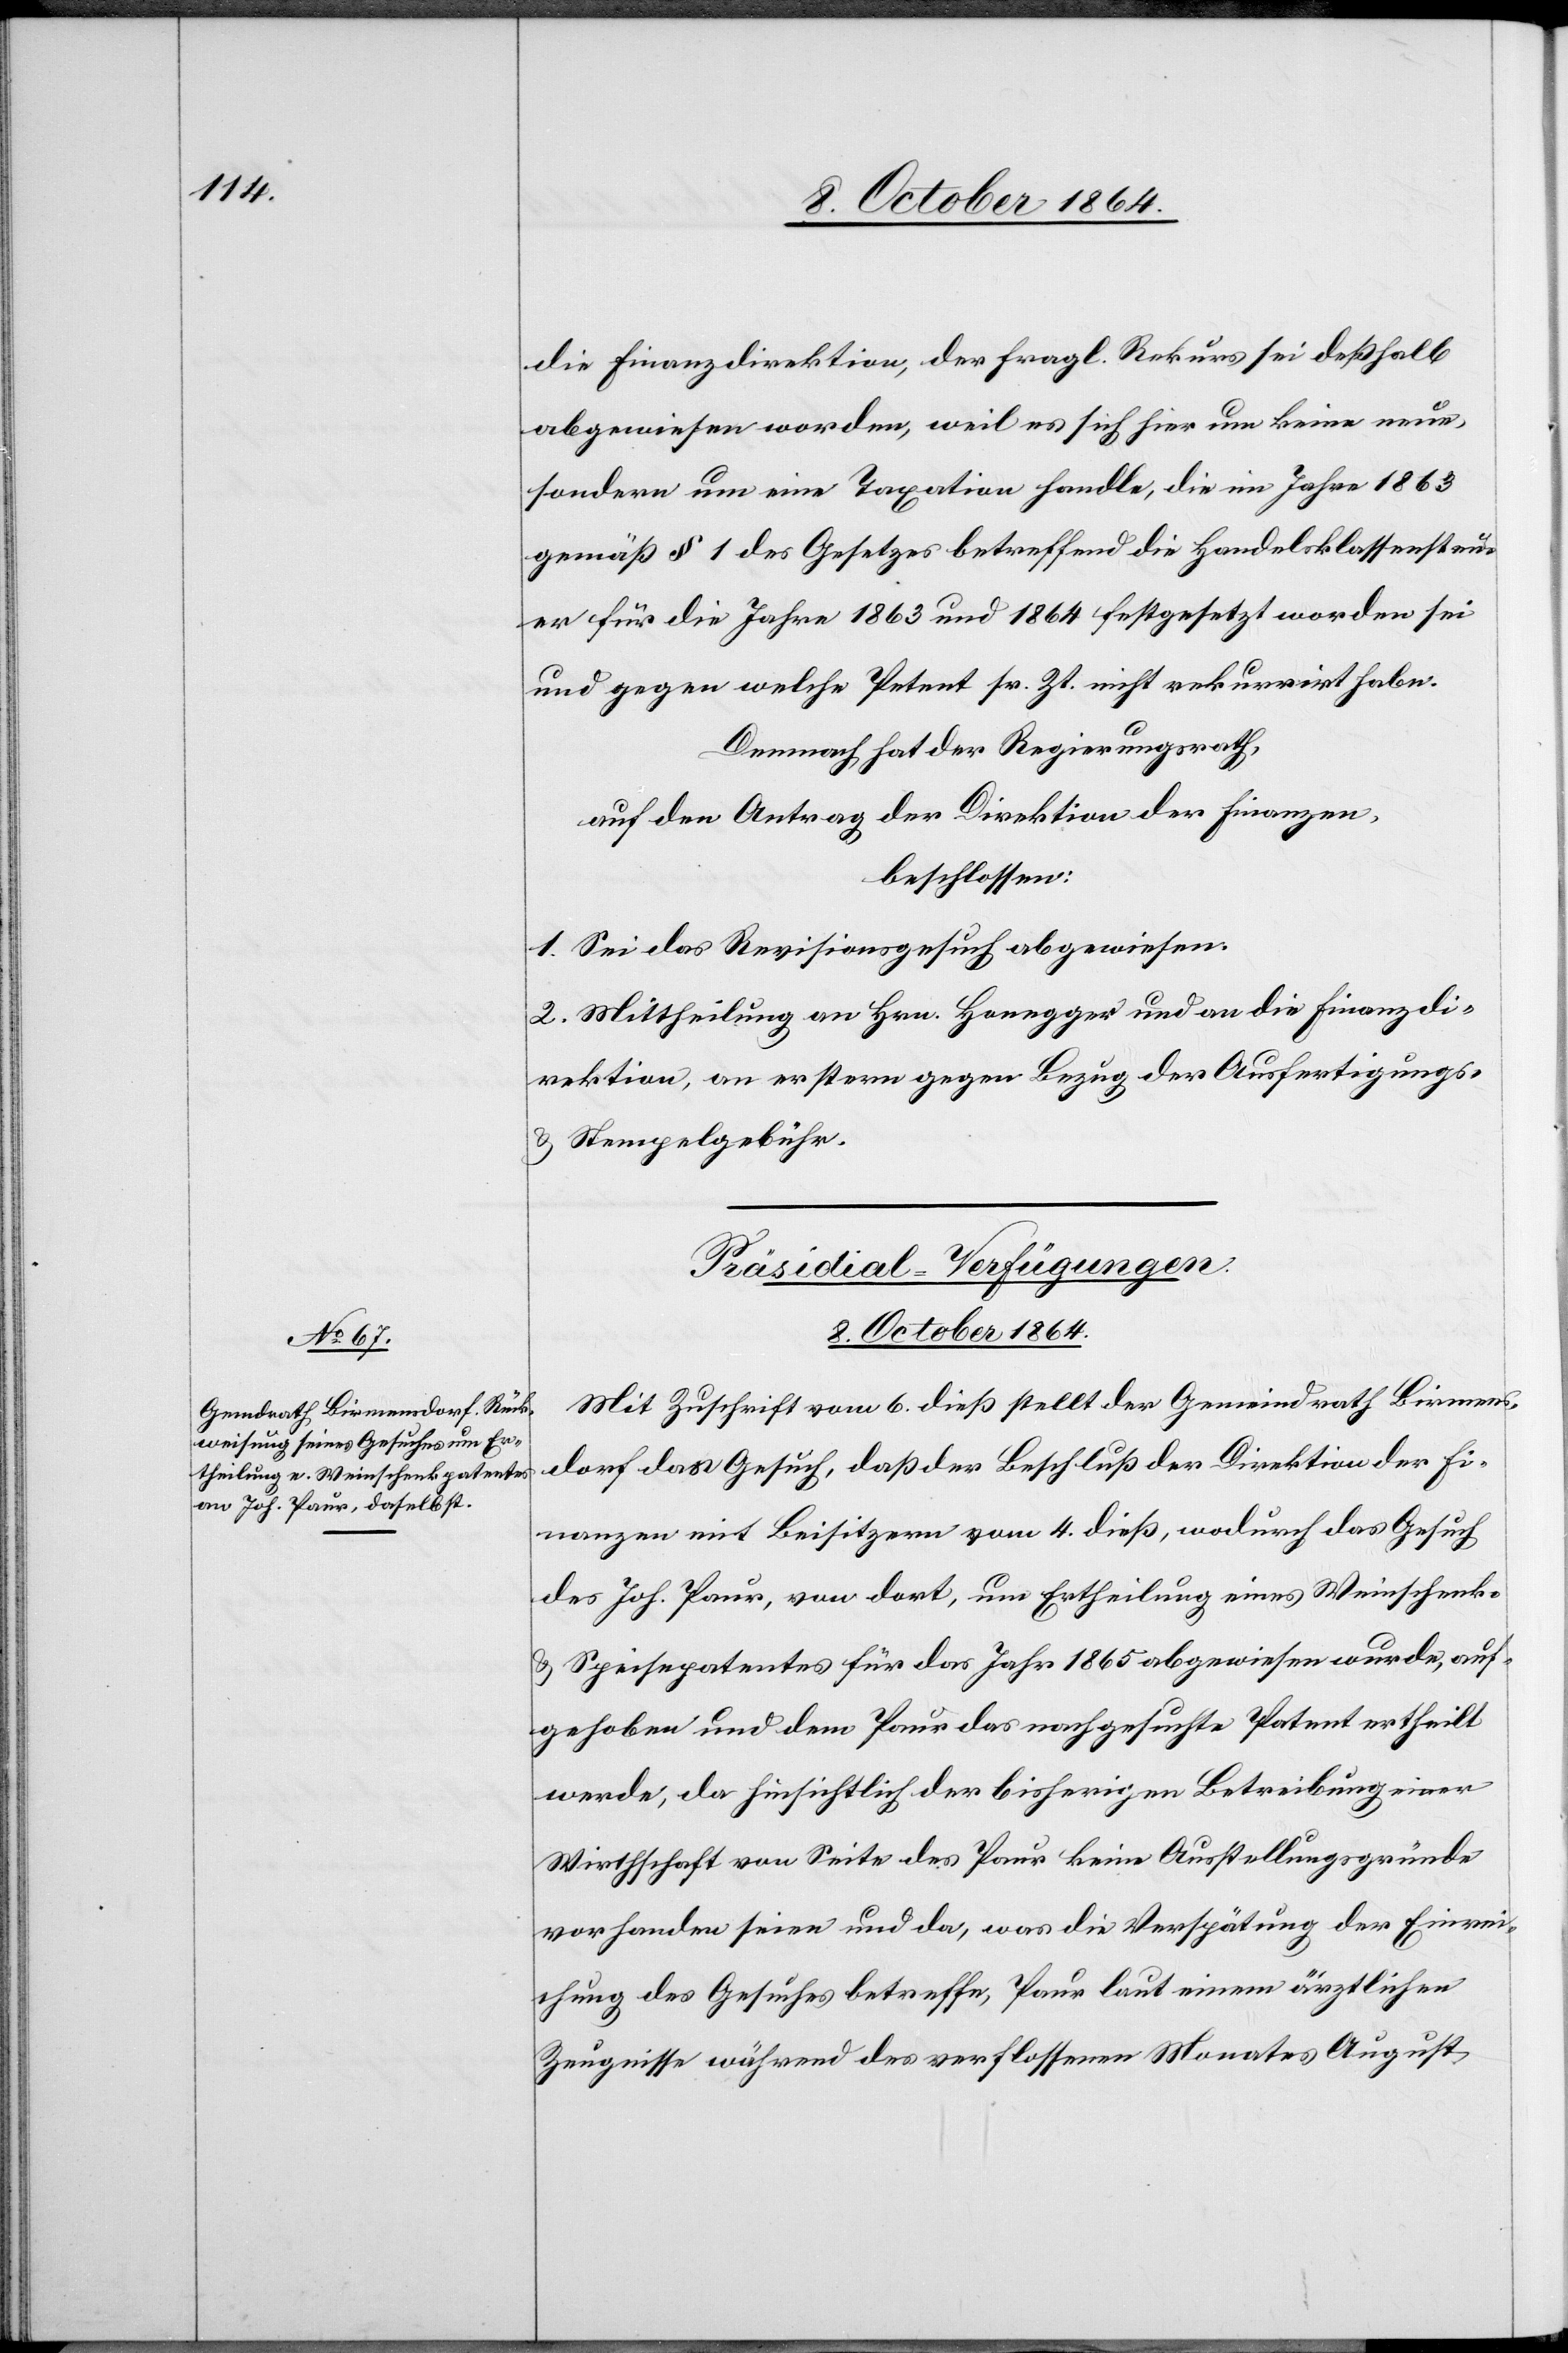
die Finanzdirektion, der fragl. Rekurs sei deßhalb
abgewiesen worden, weil es sich hier um keine neue,
sondern um eine Taxation handle, die im Jahre 1863
gemäß § 1 des Gesetzes betreffend die Handelsklassensteu¬
er für die Jahre 1863 und 1864 festgesetzt worden sei
und gegen welche Petent sr. Zt. nicht rekurrirt habe.
Demnach hat der Regierungsrath,
auf den Antrag der Direktion der Finanzen,
beschlossen:
1. Sei das Revisionsgesuch abgewiesen.
2. Mittheilung an Hrn. Honegger und an die Finanzdi¬
rektion, an erstern gegen Bezug der Ausfertigungs-
& Stempelgebühr.
Präsidial-Verfügungen.
8. October 1864.
Mit Zuschrift vom 6. dieß stellt der Gemeindrath Birmens¬
dorf das Gesuch, daß der Beschluß der Direktion der Fi¬
nanzen mit Beisitzern vom 4. dieß, wodurch das Gesuch
des Joh. Paur, von dort, um Ertheilung eines Weinschenk-
& Speisepatentes für das Jahr 1865 abgewiesen wurde, auf¬
gehoben und dem Paur das nachgesuchte Patent ertheilt
werde, da hinsichtlich der bisherigen Betreibung einer
Wirthschaft von Seite des Paur keine Ausstellungsgründe
vorhanden seien und da, was die Verspätung der Einrei¬
chung des Gesuches betreffe, Paur laut einem ärztlichen
Zeugnisse während des verflossenen Monates August